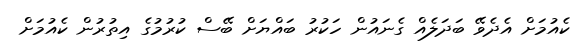
ކެއުމަށް އެދެވޭ ބަދަލެއް ގެނައުން ހަކުރު ބައްޔަށް ބޭސް ކުރުމުގެ އިތުރުން ކެއުމަށް